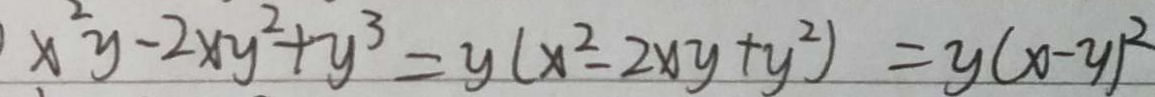
x ^ { 2 } y - 2 x y ^ { 2 } + y ^ { 3 } = y ( x ^ { 2 } - 2 x y + y ^ { 2 } ) = y ( x - y ) ^ { 2 }